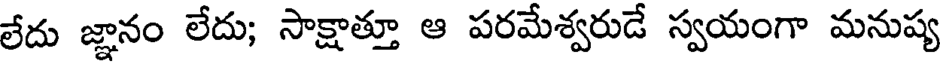
లేదు జ్ఞానం లేదు; సాక్షాత్తూ ఆ పరమేశ్వరుడే స్వయంగా మనుష్య